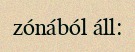
zónából áll: